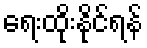
ရေးထိုးနိုင်ရန်